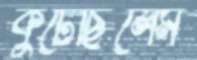
কুটেছিলেম